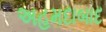
અહમદાબાદ